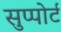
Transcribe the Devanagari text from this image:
सुप्पोर्ट